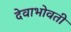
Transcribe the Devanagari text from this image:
देवाभोवती